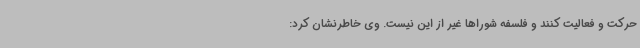
حرکت و فعالیت کنند و فلسفه شوراها غیر از این نیست. وی خاطرنشان کرد: